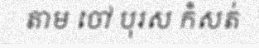
តាម ចៅ បុរស កំសត់